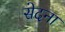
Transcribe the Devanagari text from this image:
सेदना